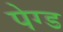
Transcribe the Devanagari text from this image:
पेग्ड